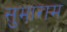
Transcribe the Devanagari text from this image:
सुमाराम